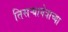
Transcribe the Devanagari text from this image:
तिसऱ्यानेत्राच्या